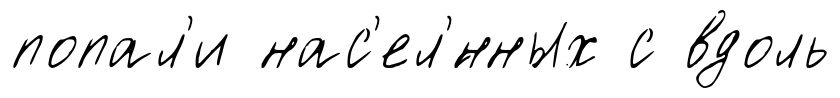
попал'и нас'ел'́нных с вдоль